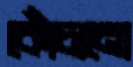
কোঁচানো